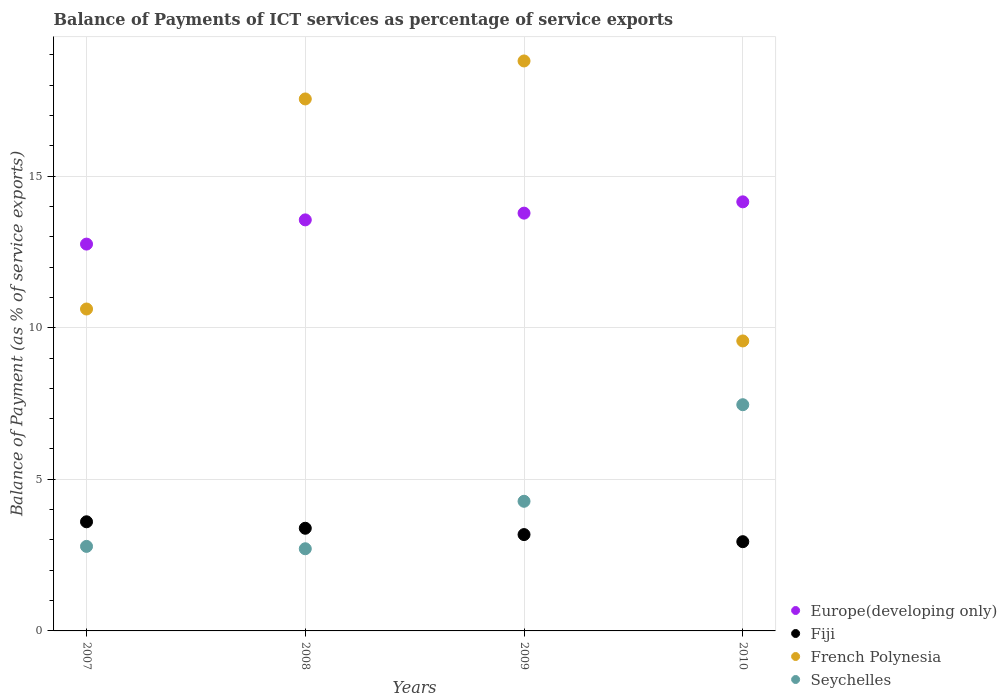
| Years | Europe(developing only) | Fiji | French Polynesia | Seychelles |
 | --- | --- | --- | --- | --- |
 | 2007 | 12.8 | 3.6 | 10.6 | 2.79 |
 | 2008 | 13.6 | 3.39 | 17.5 | 2.71 |
 | 2009 | 13.8 | 3.18 | 18.8 | 4.28 |
 | 2010 | 14.2 | 2.94 | 9.56 | 7.46 |